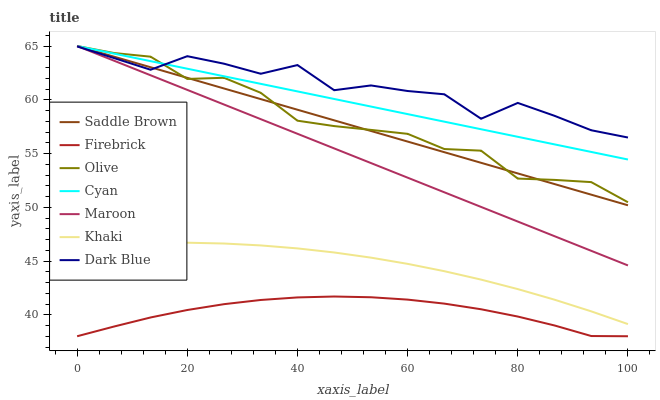
| xaxis_label | Saddle Brown | Firebrick | Olive | Cyan | Maroon | Khaki | Dark Blue |
 | --- | --- | --- | --- | --- | --- | --- | --- |
 | 0 | 65 | 38 | 65 | 65 | 65 | 46.3 | 65 |
 | 6.67 | 64 | 38.9 | 64.3 | 64.3 | 63.6 | 46.6 | 63.9 |
 | 13.3 | 63 | 39.7 | 64 | 63.6 | 62.3 | 46.7 | 62.8 |
 | 20 | 62 | 40.4 | 61.9 | 62.9 | 60.9 | 46.7 | 64.1 |
 | 26.7 | 61 | 41 | 62 | 62.2 | 59.6 | 46.6 | 63.4 |
 | 33.3 | 60.1 | 41.4 | 60.6 | 61.5 | 58.2 | 46.4 | 62.4 |
 | 40 | 59.1 | 41.6 | 58.1 | 60.8 | 56.8 | 46.2 | 63.2 |
 | 46.7 | 58.1 | 41.7 | 57.6 | 60.1 | 55.5 | 45.8 | 60.9 |
 | 53.3 | 57.1 | 41.6 | 57.2 | 59.4 | 54.1 | 45.3 | 61.3 |
 | 60 | 56.1 | 41.4 | 56.8 | 58.7 | 52.8 | 44.7 | 60.8 |
 | 66.7 | 55.1 | 41 | 55.4 | 58 | 51.4 | 44.1 | 60.5 |
 | 73.3 | 54.1 | 40.5 | 55.3 | 57.3 | 50 | 43.3 | 58.2 |
 | 80 | 53.1 | 39.8 | 52.7 | 56.6 | 48.7 | 42.4 | 59.7 |
 | 86.7 | 52.2 | 39 | 52.5 | 55.8 | 47.3 | 41.4 | 58.5 |
 | 93.3 | 51.2 | 38 | 52.3 | 55.1 | 45.9 | 40.3 | 57.2 |
 | 100 | 50.2 | 38 | 50.5 | 54.4 | 44.6 | 39.1 | 56.5 |